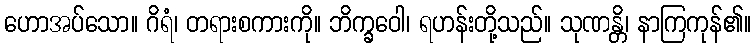
ဟောအပ်သော။ ဂိရံ၊ တရားစကားကို။ ဘိက္ခဝေါ၊ ရဟန်းတို့သည်။ သုဏန္တိ၊ နာကြကုန်၏။